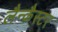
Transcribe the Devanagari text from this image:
लैन्कैस्टर